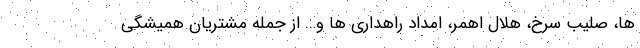
ها، صلیب سرخ، هلال اهمر، امداد راهداری ها و… از جمله مشتریان همیشگی